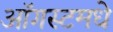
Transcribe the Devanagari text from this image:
ऑगस्टमधे